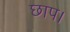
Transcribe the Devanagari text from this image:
छाप।